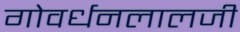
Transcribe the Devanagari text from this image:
गोवर्धनलालजी